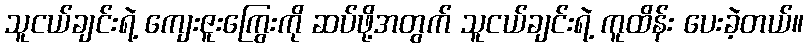
သူငယ်ချင်းရဲ့ ကျေးဇူးကြွေးကို ဆပ်ဖို့အတွက် သူငယ်ချင်းရဲ့ ကူထိန်း ပေးခဲ့တယ်။